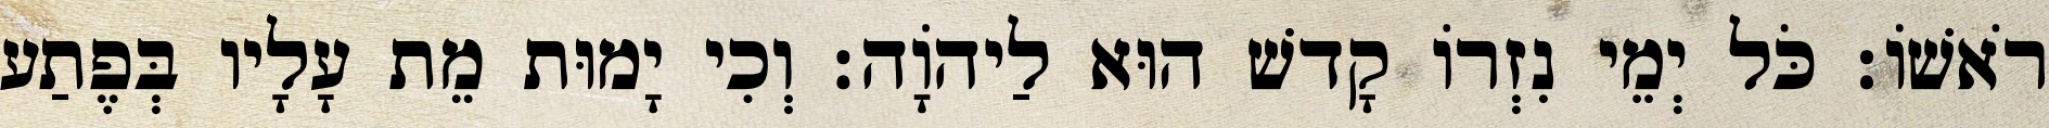
רֹאשׁוֹ׃ כֹּל יְמֵי נִזְרוֹ קָדשׁ הוּא לַיהוָֹה׃ וְכִי יָמוּת מֵת עָלָיו בְּפֶתַע